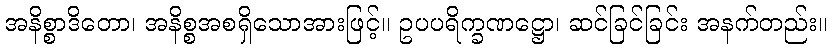
အနိစ္စာဒိတော၊ အနိစ္စအစရှိသောအားဖြင့်။ ဥပပရိက္ခဏဋ္ဌော၊ ဆင်ခြင်ခြင်း အနက်တည်း။